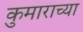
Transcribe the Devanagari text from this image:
कुमाराच्या